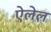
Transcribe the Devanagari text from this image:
ऐलेल